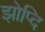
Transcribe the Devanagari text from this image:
झोप्दि